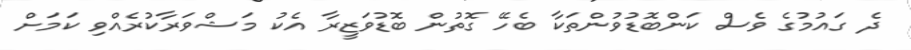
ދެ ގައުމުގެ ވެސް ކަންބޮޑުވުންތަކާ ބެހޭ ގޮތުން ބޮޑުވަޒީރާ އެކު މަޝްވަރާކުރެއްވި ކަމަށް